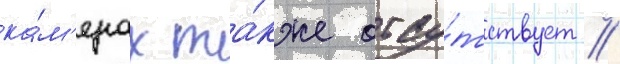
ка́м'ерах та́кже отсу́тствует //